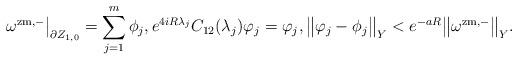
LaTeX: \begin{align*}\omega^{\mathrm{zm},-}\big|_{\partial Z_{1,0}} = \sum_{j=1}^m \phi_j, e^{4iR\lambda_j}C_{12}(\lambda_j)\varphi_j = \varphi_j, \big\lVert \varphi_j - \phi_j \big\rVert_Y <e^{-aR} \big\lVert \omega^{\mathrm{zm},-} \big\rVert_Y.\end{align*}